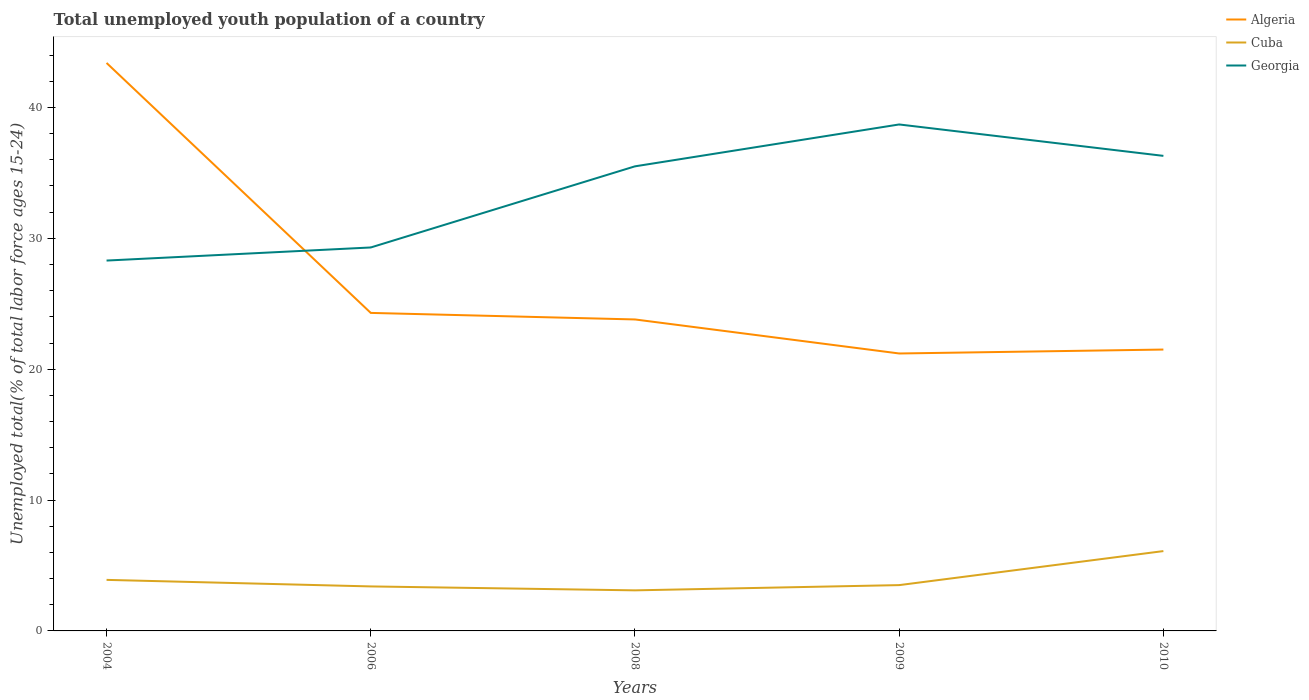
| Years | Algeria | Cuba | Georgia |
 | --- | --- | --- | --- |
 | 2004 | 43.4 | 3.9 | 28.3 |
 | 2006 | 24.3 | 3.4 | 29.3 |
 | 2008 | 23.8 | 3.1 | 35.5 |
 | 2009 | 21.2 | 3.5 | 38.7 |
 | 2010 | 21.5 | 6.1 | 36.3 |